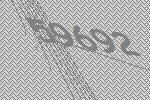
59692